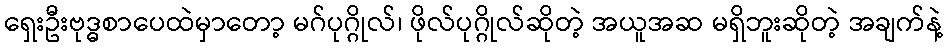
ရှေးဦးဗုဒ္ဓစာပေထဲမှာတော့ မဂ်ပုဂ္ဂိုလ်၊ ဖိုလ်ပုဂ္ဂိုလ်ဆိုတဲ့ အယူအဆ မရှိဘူးဆိုတဲ့ အချက်နဲ့